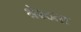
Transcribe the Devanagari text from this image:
श्रेश्ठता